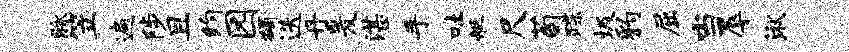
脉笠遍陟且约园蠲迭丹爰湛手吐艇尺荀蹀圾豹屈当辱湫